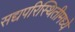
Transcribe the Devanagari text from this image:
सद्यपरिस्थितीमध्ये